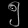
Digit: ၅